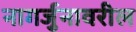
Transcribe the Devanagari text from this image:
नागर्जुनावरील